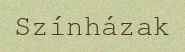
Színházak